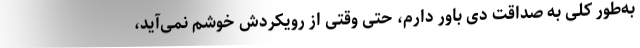
به‌طور کلی به صداقت دِی باور دارم، حتی وقتی از رویکردش خوشم نمی‌آید،